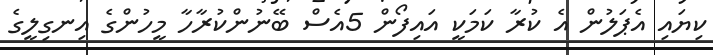
ކިޔައި އެޕަލުން އެ ކުރާ ކަމަކީ އައިފޯން 5އެސް ބޭނުންކުރާހާ މީހުންގެ އިނގިލީގެ